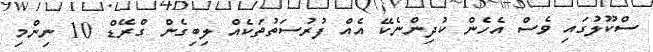
ސްކޫލުގައި ވެސް އެހެން ކުދިންނެކޭ އެއް ފުރުސަތުތަކެއް ލިބިގެން ގްރޭޑް 10 ނިންމި